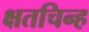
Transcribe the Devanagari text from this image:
क्षतचिन्ह